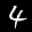
Label: 4